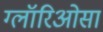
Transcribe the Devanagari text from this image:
ग्लॉरिओसा